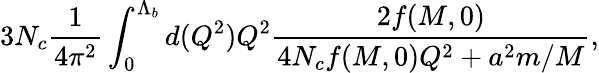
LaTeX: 3N_{c}\frac{1}{4\pi^{2}}\int_{0}^{\Lambda_{b}}d(Q^{2})Q^{2}\frac{2f(M,0)}{4N_{c}f(M,0)Q^{2}+a^{2}m/M},